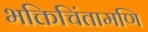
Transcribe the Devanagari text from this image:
भक्तिचिंतामणि